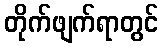
တိုက်ဖျက်ရာတွင်